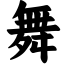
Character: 舞